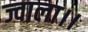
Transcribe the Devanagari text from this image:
ज्वाला।।